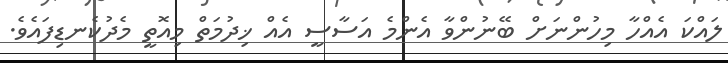
ލައްކަ އެއްހާ މިހުންނަށް ބޭނުންވާ އެންމެ އަސާސީ އެއް ޚިދުމަތް މިއޮތީ މެދުކެނޑިފައެވެ.